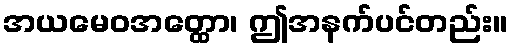
အယမေဝအတ္ထော၊ ဤအနက်ပင်တည်း။